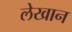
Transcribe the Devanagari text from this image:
लेखान